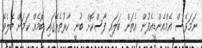
ނަމަވެސް އެމްއެންޑީއެފުން އެތަން ބަލައި ފާސްކޮށް ބުނީ ކާރުތެރޭގައި ބޮމެއް ކަމަށް ބެލެވޭ